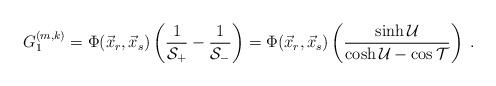
LaTeX: \begin{align*}G_1^{(m,k)}=\Phi(\vec{x}_r,\vec{x}_s)\left(\frac{1}{\mathcal{S}_+}-\frac{1}{\mathcal{S}_-}\right)=\Phi(\vec{x}_r,\vec{x}_s)\left(\frac{\sinh \mathcal{U}}{\cosh \mathcal{U}-\cos\mathcal{T}}\right)\;.\end{align*}